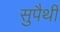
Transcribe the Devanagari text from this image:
सुपैथी